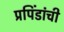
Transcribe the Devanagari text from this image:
प्रपिंडांची